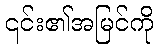
၎င်း၏အမြင်ကို